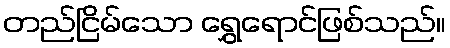
တည်ငြိမ်သော ရွှေရောင်ဖြစ်သည်။